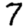
Digit: 7